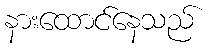
နားထောင်နေသည်